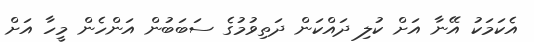
އެކަމަކު އޭނާ އަށް ކުލި ދައްކަން ދަތިވުމުގެ ސަބަބުން އަންހެން މީހާ އަށް